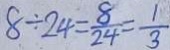
8 \div 2 4 = \frac { 8 } { 2 4 } = \frac { 1 } { 3 }